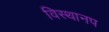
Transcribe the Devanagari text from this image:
विस्थानप